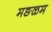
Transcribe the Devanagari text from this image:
मङळम